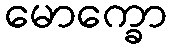
မောက္ခော